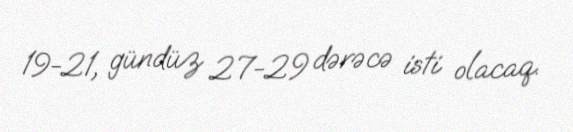
19-21, gündüz 27-29 dərəcə isti olacaq.